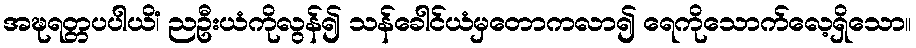
အဍ္ဎရတ္တပပါယိံ၊ ညဦးယံကိုလွန်၍ သန်ခေါင်ယံမှတောကလာ၍ ရေကိုသောက်လေ့ရှိသော။